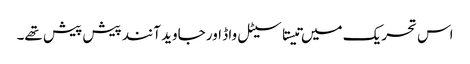
اس تحریک میں تیستا سیٹل واڈ اور جاوید آنند پیش پیش تھے۔